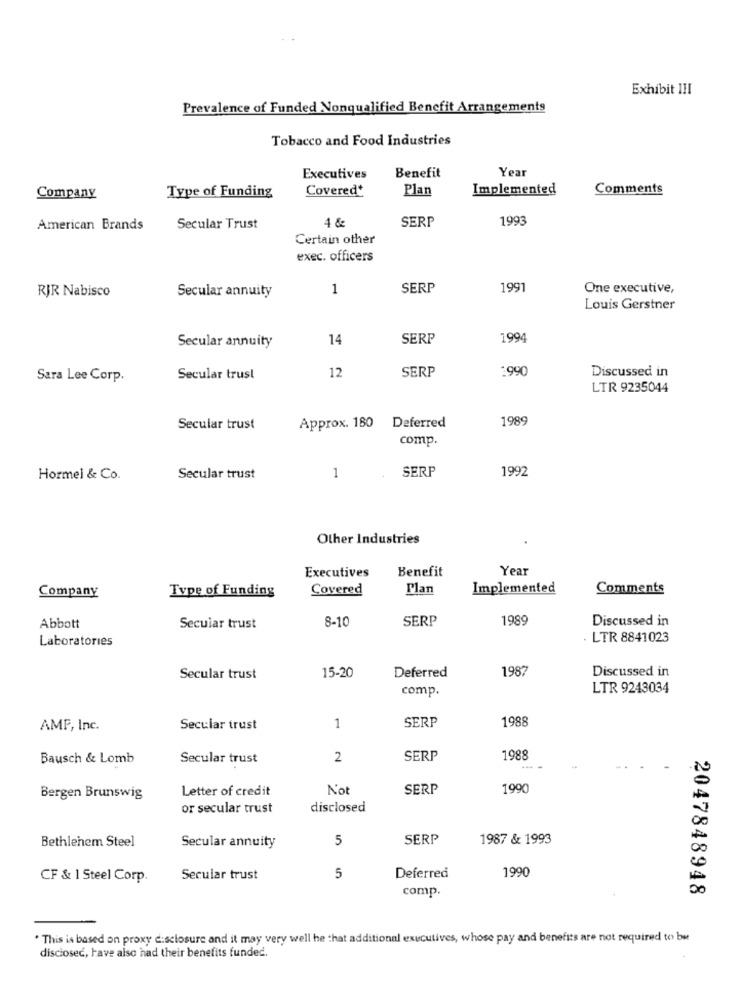
Exhibit III
Prevalence of Funded Nonqualified Benefit Arrangements
Tobacco and Food Industries
Year
Executives
Benefit
Covered*
Plan
Implemented
Comments
Company
Type of Funding
SERP
1993
American Brands
Secular Trust
4 &
Certain other
exec. officers
1
SERP
1991
One executive,
RJR Nabisco
Secular annuity
Louis Gerstner
Secular annuity
14
SERP
1994
SERP
:990
Discussed in
Sara Lee Corp.
Secular trust
12
LTR 9235044
1989
Secular trust
Approx. 180 Deferred
comp.
SERP
1992
Hormel & Co.
Secular trust
1
Other Industries
Benefit
Year
Executives
Company
Type of Funding
Covered
Plan
Implemented
Comments
8-10
SERP
1989
Discussed in
Abbott
Secular trust
Laboratories
LTR 8841023
15-20
1987
Discussed in
Secular trust
Deferred
comp.
LTR 9243034
SERP
1988
AMP, Inc.
Secular trust
1
Bausch & Lomb
Secular trust
2
SERP
1988
Letter of credit
No
SERP
1990
Bergen Brunswig
or secular trust
disclosed
Bethlehem Steel
Secular annuity
5
SERP
1987 & 1993
Deferred
1990
CF & 1 Steel Corp.
Secular trust
5
comp.
2047848948
. This is based on proxy c:sclosure and it may very well he that additional executives, whose pay and benefits are not required to bu
disciosec, have also had their benefits funded.